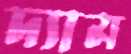
দ্যাম